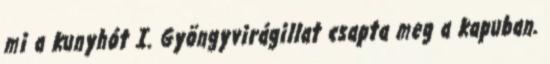
mi a kunyhót I. Gyöngyvirágillat csapta meg a kapuban.